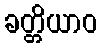
ခတ္တိယာဝ